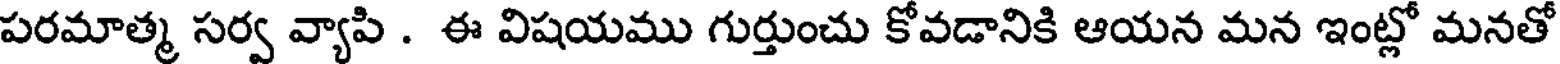
పరమాత్మ సర్వ వ్యాపి . ఈ విషయము గుర్తుంచు కోవడానికి ఆయన మన ఇంట్లో మనతో